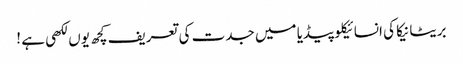
بریٹانیکا کی انسائیکلو پیڈیا میں جدت کی تعریف کچھ یوں لکھی ہے !